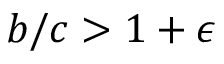
b / c > 1 + \epsilon